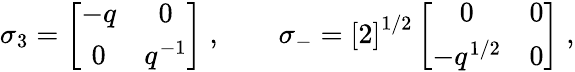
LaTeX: \sigma_{3}=\left[\begin{array}{cc}{{-q}}&{{0}}\\ {{0}}&{{q^{-1}}}\end{array}\right]\; ,\qquad\sigma_{-}=\left[2\right]^{1/2}\left[\begin{array}{cc}{{0}}&{{0}}\\ {{-q^{1/2}}}&{{0}}\end{array}\right]\; ,